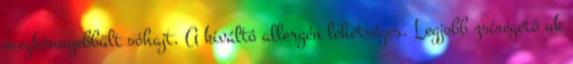
megkönnyebbült sóhajt. A kiváltó allergén lehetséges. Legjobb zsírégető uk